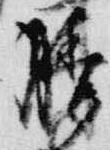
膳